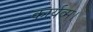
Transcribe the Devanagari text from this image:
कार्यव्म।